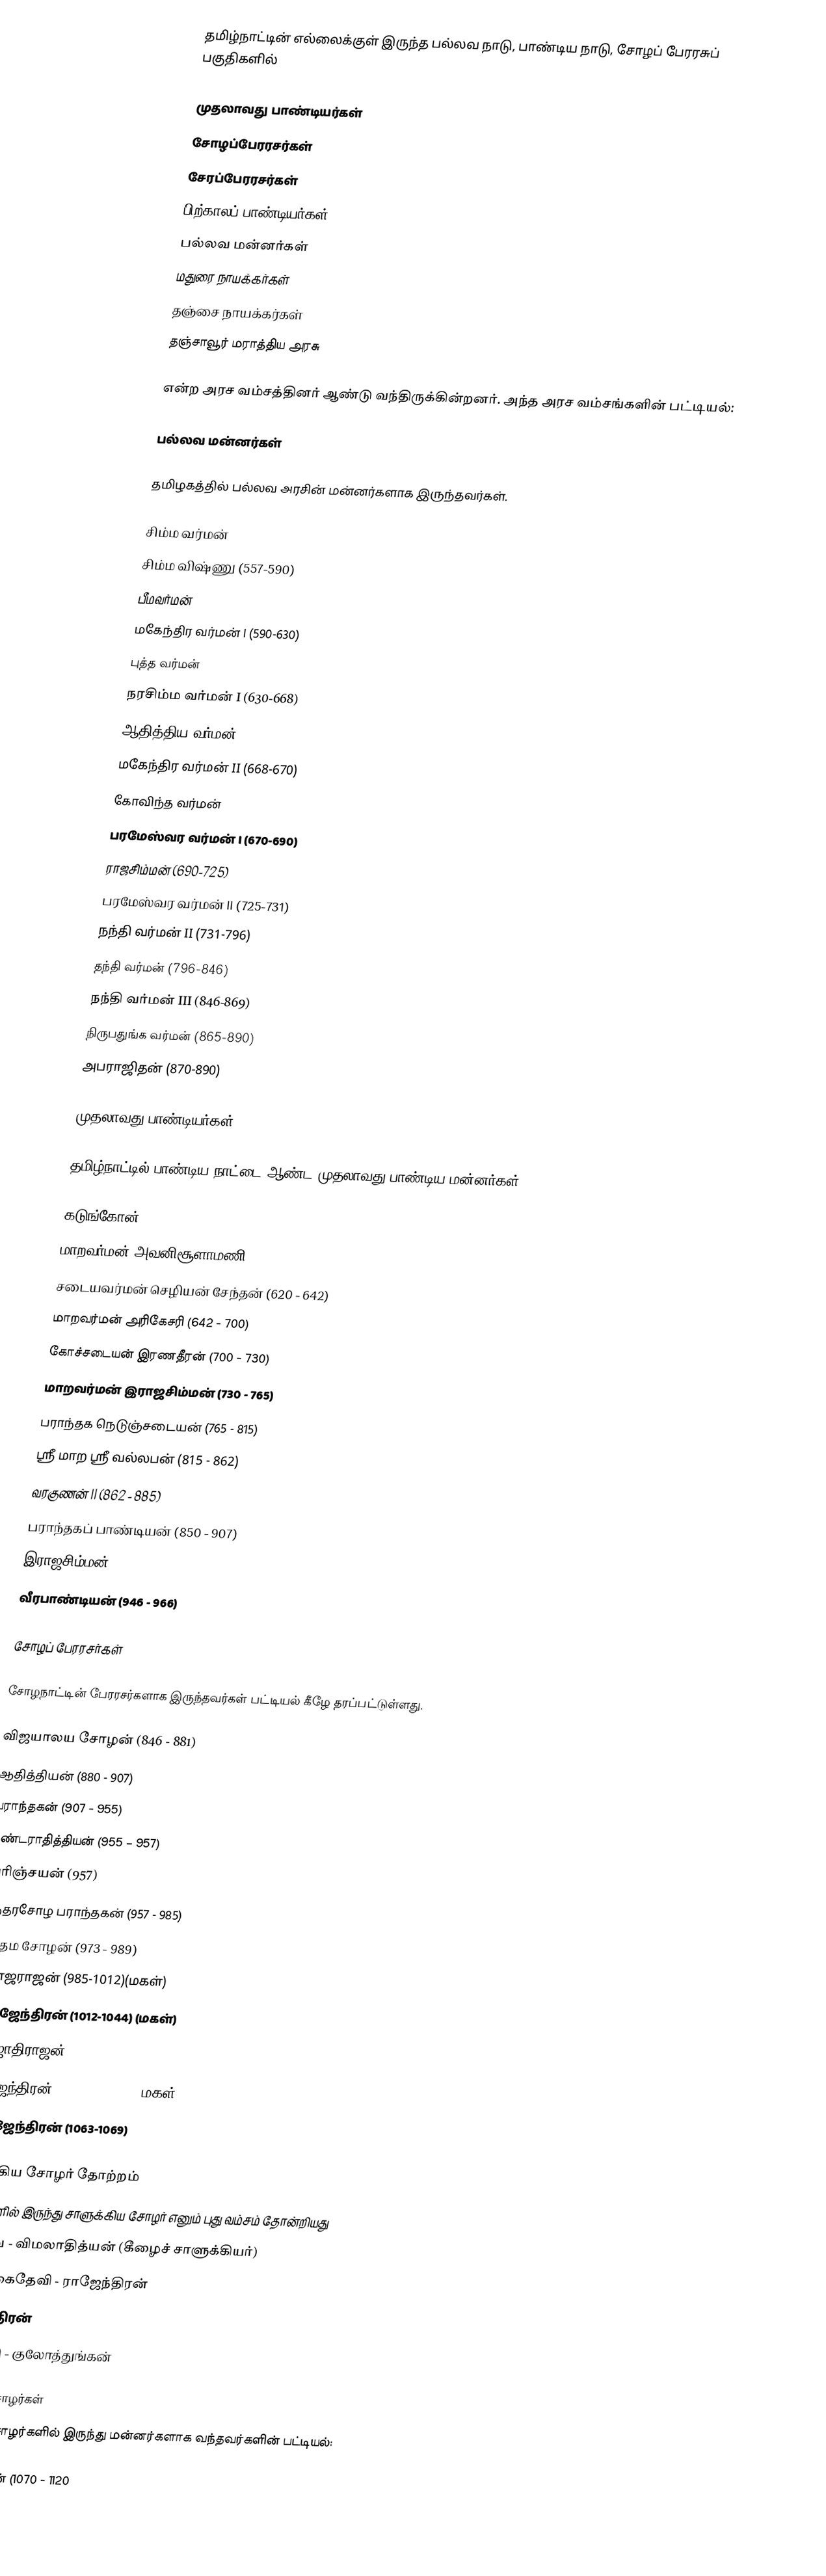
தமிழ்நாட்டின் எல்லைக்குள் இருந்த பல்லவ நாடு, பாண்டிய நாடு, சோழப் பேரரசுப் பகுதிகளில்

 முதலாவது பாண்டியர்கள்
 சோழப்பேரரசர்கள்
சேரப்பேரரசர்கள்
 பிற்காலப் பாண்டியர்கள்
  பல்லவ மன்னர்கள்
 மதுரை நாயக்கர்கள்
 தஞ்சை நாயக்கர்கள்
 தஞ்சாவூர் மராத்திய அரசு

என்ற அரச வம்சத்தினர் ஆண்டு வந்திருக்கின்றனர். அந்த அரச வம்சங்களின் பட்டியல்:

பல்லவ மன்னர்கள்

தமிழகத்தில் பல்லவ அரசின் மன்னர்களாக இருந்தவர்கள்.

 சிம்ம வர்மன்
 சிம்ம விஷ்ணு (557-590)
 பீமவர்மன்
 மகேந்திர வர்மன் I (590-630)
 புத்த வர்மன்
 நரசிம்ம வர்மன் I (630-668)
 ஆதித்திய வர்மன்
 மகேந்திர வர்மன் II (668-670)
 கோவிந்த வர்மன்
 பரமேஸ்வர வர்மன் I (670-690)
 ராஜசிம்மன் (690-725)
 பரமேஸ்வர வர்மன் II  (725-731)
 நந்தி வர்மன் II	(731-796)
 தந்தி வர்மன் (796-846)
 நந்தி வர்மன் III (846-869)
 நிருபதுங்க வர்மன் (865-890)
 அபராஜிதன் (870-890)

முதலாவது பாண்டியர்கள்

தமிழ்நாட்டில் பாண்டிய நாட்டை ஆண்ட முதலாவது பாண்டிய மன்னர்கள்:

 கடுங்கோன் (575 - 600)
 மாறவர்மன் அவனிசூளாமணி (600 - 620)
 சடையவர்மன் செழியன் சேந்தன் (620 - 642)
 மாறவர்மன் அரிகேசரி (642 - 700)
 கோச்சடையன் இரணதீரன் (700 - 730)
 மாறவர்மன் இராஜசிம்மன் (730 - 765)
 பராந்தக நெடுஞ்சடையன் (765 - 815)
 ஸ்ரீ மாற ஸ்ரீ வல்லபன் (815 - 862)
 வரகுணன் II (862 - 885)
 பராந்தகப் பாண்டியன் (850 - 907)
 இராஜசிம்மன் II (907 - 931)
 வீரபாண்டியன் (946 - 966)

சோழப் பேரரசர்கள்

சோழநாட்டின் பேரரசர்களாக இருந்தவர்கள் பட்டியல் கீழே தரப்பட்டுள்ளது.

 விஜயாலய சோழன் (846 - 881)
 ஆதித்தியன் (880 - 907)
 பராந்தகன் (907 - 955)
 கண்டராதித்தியன் (955 – 957)
 அரிஞ்சயன் (957)
 சுந்தரசோழ பராந்தகன் (957 - 985)
 உத்தம சோழன் (973 - 989)
 இராஜராஜன் (985-1012)(மகள்)
 இராஜேந்திரன் (1012-1044) (மகள்)
 இராஜாதிராஜன் (1018-1054)
 இராஜேந்திரன் II (1052-1064) (மகள்)
 வீரராஜேந்திரன் (1063-1069)

சாளுக்கிய சோழர் தோற்றம்
சோழர்களில் இருந்து சாளுக்கிய சோழர் எனும் புது வம்சம் தோன்றியது
குந்தவை - விமலாதித்யன் (கீழைச் சாளுக்கியர்)
 அம்மங்கைதேவி - ராஜேந்திரன்
 இராஜேந்திரன்
 மதுராந்தகி - குலோத்துங்கன்

சாளுக்கிய சோழர்கள்
சாளுக்கிய சோழர்களில் இருந்து மன்னர்களாக வந்தவர்களின் பட்டியல்:

 குலோத்துங்கன் (1070 - 1120